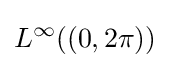
L^{\infty }((0,2\pi ))